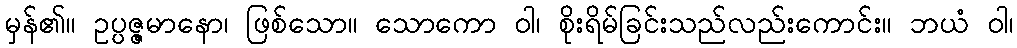
မှန်၏။ ဥပ္ပဇ္ဇမာနော၊ ဖြစ်သော။ သောကော ဝါ၊ စိုးရိမ်ခြင်းသည်လည်းကောင်း။ ဘယံ ဝါ၊